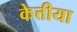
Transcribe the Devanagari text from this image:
केत्तीया